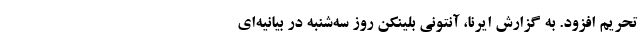
تحریم افزود. به گزارش ایرنا، آنتونی بلینکن روز سه‌شنبه در بیانیه‌ای